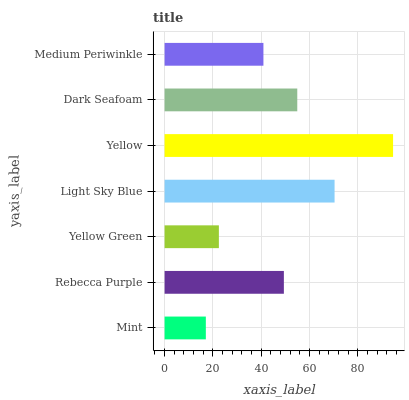
| yaxis_label | bars |
 | --- | --- |
 | Mint | 17.1 |
 | Rebecca Purple | 49.4 |
 | Yellow Green | 22.5 |
 | Light Sky Blue | 70.3 |
 | Yellow | 94.5 |
 | Dark Seafoam | 54.9 |
 | Medium Periwinkle | 40.9 |